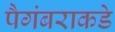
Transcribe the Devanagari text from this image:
पैगंबराकडे